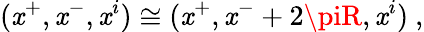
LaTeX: (\mathit{x}^{+},\mathit{x}^{-},\mathit{x}^{i})\cong(\mathit{x}^{+},\mathit{x}^{-}+2\piR,\mathit{x}^{i})\ ,